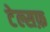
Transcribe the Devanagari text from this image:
टेल्सफ़